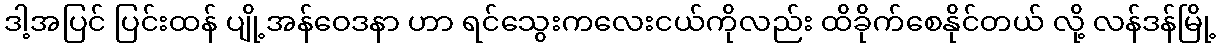
ဒါ့အပြင် ပြင်းထန် ပျို့အန်ဝေဒနာ ဟာ ရင်သွေးကလေးငယ်ကိုလည်း ထိခိုက်စေနိုင်တယ် လို့ လန်ဒန်မြို့